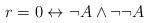
LaTeX: \begin{align*}r = 0 \leftrightarrow \neg A \wedge \neg\neg A\end{align*}